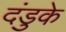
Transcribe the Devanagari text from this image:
दंडुके